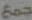
جمع